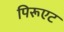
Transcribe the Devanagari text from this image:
पिरूएट